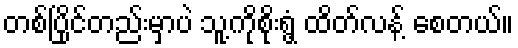
တစ်ပြိုင်တည်းမှာပဲ သူ့ကိုစိုးရွံ့ ထိတ်လန့် စေတယ်။